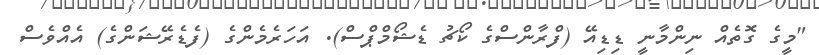
"މީގެ ގޮތެއް ނިންމާނީ ޑިޑިއޭ (ފްރާންސްގެ ކޯޗު ޑެޝޯމްޕްސް). އަހަރެމެންގެ (ފެޑެރޭޝަންގެ) އެއްވެސް